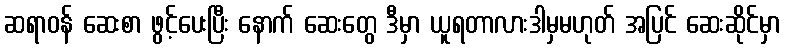
ဆရာဝန် ဆေးစာ ဖွင့်ပေးပြီး နောက် ဆေးတွေ ဒီမှာ ယူရတာလားဒါမှမဟုတ် အပြင် ဆေးဆိုင်မှာ